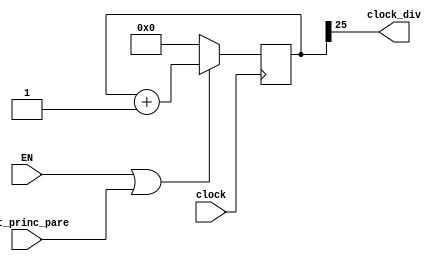
module Divisor_Frequencia_1Hz(clock_div, clock, EN, out_princ_pare);
	input clock, EN, out_princ_pare;
	output clock_div;
	reg [25:0] Out;

	
	initial begin
		Out = 26'b00000000000000000000000000;
	end

	always @(posedge clock) begin
		if (EN | out_princ_pare) begin
			Out <= Out + 26'b00000000000000000000000001;
		end
		else begin
			Out <= 25'b00000000000000000000000000;
		end
	end
	
	assign clock_div = Out[25];
	
endmodule